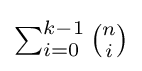
{\textstyle \sum _{i=0}^{k-1}{\binom {n}{i}}}